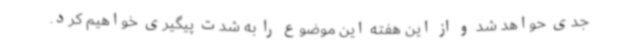
جدی حواهد شد و از این هفته این موضوع را به شدت پیگیری خواهیم کرد.